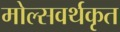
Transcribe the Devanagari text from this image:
मोल्सवर्थकृत